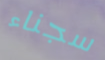
سجناء